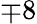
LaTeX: \mp 8